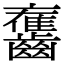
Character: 𪙯